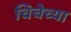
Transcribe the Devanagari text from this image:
चिचेच्या